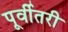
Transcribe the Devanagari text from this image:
पूर्वीतरी